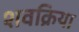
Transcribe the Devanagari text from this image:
शवक्रिया